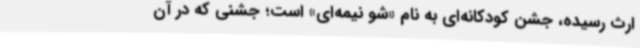
ارث رسیده، جشن کودکانه‌ای به نام «شو نیمه‌ای» است؛ جشنی که در آن